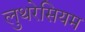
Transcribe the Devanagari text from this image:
लुथरेसियम